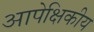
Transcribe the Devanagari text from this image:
आपेक्षिकीय